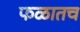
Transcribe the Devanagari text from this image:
फळातच